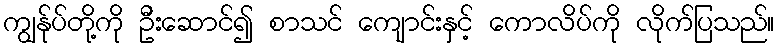
ကျွန်ုပ်တို့ကို ဦးဆောင်၍ စာသင် ကျောင်းနှင့် ကောလိပ်ကို လိုက်ပြသည်။